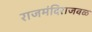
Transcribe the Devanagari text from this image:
राजमंदिराजवळ